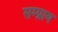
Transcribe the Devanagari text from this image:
सम्प्राय